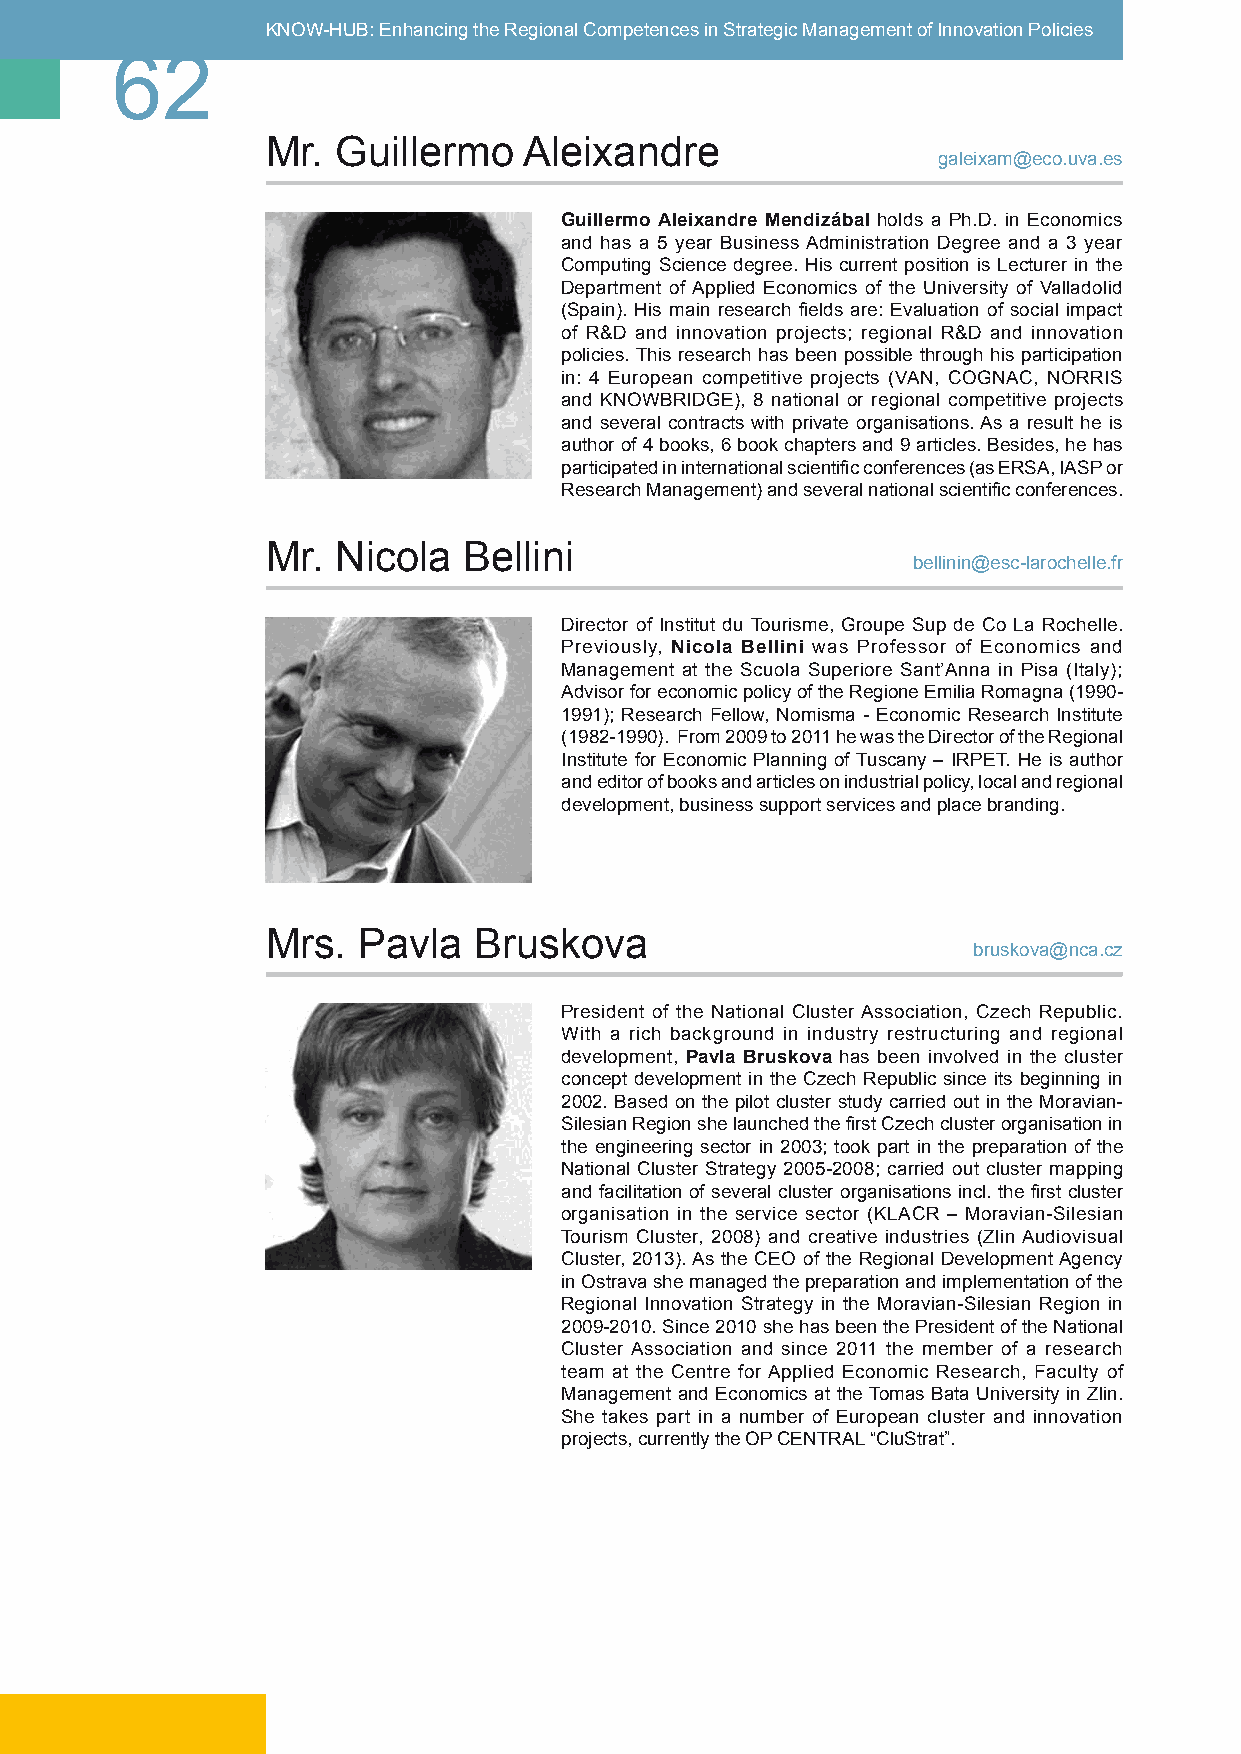
KNOW-HUB: Enhancing the Regional Competences in Strategic Management of Innovation Policies
 62
 Mr. Guillermo    Aleixandre
 galeixam@eco.uva.es
 Guillermo Aleixandre Mendizábal holds a Ph.D. in Economics
 and has a 5 year Business Administration Degree and a 3 year
 Computing Science degree. His current position is Lecturer in the
 Department of Applied Economics of the University of Valladolid
 (Spain). His main research fields are: Evaluation of social impact
 of R&D and innovation projects; regional R&D and innovation
 policies. This research has been possible through his participation
 in: 4 European competitive projects (VAN, COGNAC, NORRIS
 and KNOWBRIDGE), 8 national or regional competitive projects
 and several contracts with private organisations. As a result he is
 author of 4 books, 6 book chapters and 9 articles. Besides, he has
 participated in international scientific conferences (as ERSA, IASP or
 Research Management) and several national scientific conferences.
 Mr. Nicola   Bellini
 bellinin@esc-larochelle.fr
 Director of Institut du Tourisme, Groupe Sup de Co La Rochelle.
 Previously, Nicola Bellini was Professor of Economics and
 Management at the Scuola Superiore Sant’Anna in Pisa (Italy);
 Advisor for economic policy of the Regione Emilia Romagna (1990-
 1991); Research Fellow, Nomisma - Economic Research Institute
 (1982-1990). From 2009 to 2011 he was the Director of the Regional
 Institute for Economic Planning of Tuscany – IRPET. He is author
 and editor of books and articles on industrial policy, local and regional
 development, business support services and place branding.
 Mrs.  Pavla  Bruskova
 bruskova@nca.cz
 President of the National Cluster Association, Czech Republic.
 With a rich background in industry restructuring and regional
 development, Pavla Bruskova has been involved in the cluster
 concept development in the Czech Republic since its beginning in
 2002. Based on the pilot cluster study carried out in the Moravian-
 Silesian Region she launched the first Czech cluster organisation in
 the engineering sector in 2003; took part in the preparation of the
 National Cluster Strategy 2005-2008; carried out cluster mapping
 and facilitation of several cluster organisations incl. the first cluster
 organisation in the service sector (KLACR – Moravian-Silesian
 Tourism Cluster, 2008) and creative industries (Zlin Audiovisual
 Cluster, 2013). As the CEO of the Regional Development Agency
 in Ostrava she managed the preparation and implementation of the
 Regional Innovation Strategy in the Moravian-Silesian Region in
 2009-2010. Since 2010 she has been the President of the National
 Cluster Association and since 2011 the member of a research
 team at the Centre for Applied Economic Research, Faculty of
 Management and Economics at the Tomas Bata University in Zlin.
 She takes part in a number of European cluster and innovation
 projects, currently the OP CENTRAL “CluStrat”.